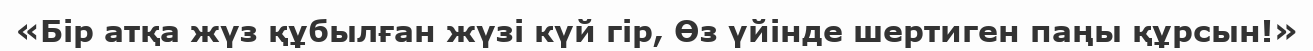
«Бір атқа жүз құбылған жүзі күй гір, Өз үйінде шертиген паңы құрсын!»